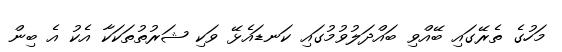
މަހުގެ ތެރޭގައި ބޭއްވި ބައްދަލުވުމުގައި ކަނޑައެޅޭ ވަކި ޝަރުތުތަކަކާ އެކު އެ ބިން